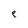
Character: e